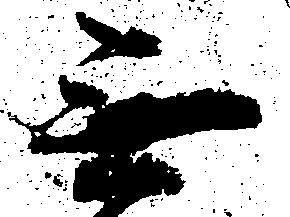
無